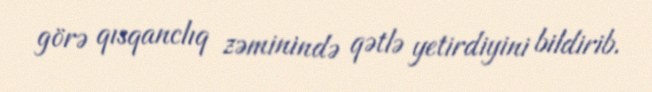
görə qısqanclıq zəminində qətlə yetirdiyini bildirib.